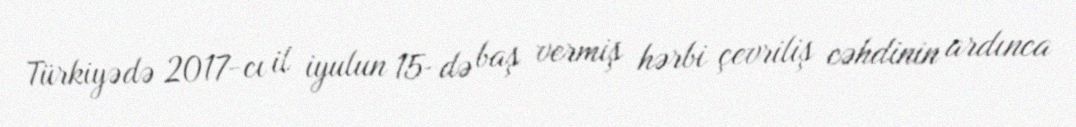
Türkiyədə 2017-cı il iyulun 15-də baş vermiş hərbi çevriliş cəhdinin ardınca